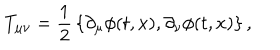
LaTeX: T _ { \mu \nu } = { \frac { 1 } { 2 } } \left\{ \partial _ { \mu } \phi ( t , x ) , \partial _ { \nu } \phi ( t , x ) \right\} ,